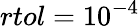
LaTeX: rtol=10^{-4}